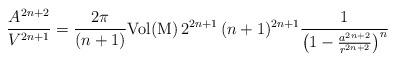
LaTeX: \begin{align*}\frac{A^{2n+2}}{V^{2n+1}}=\frac{2\pi}{(n+1)}{\mathrm{Vol{(M)}}}\,2^{2n+1}\,(n+1)^{2n+1}\frac{1}{\left(1-\frac{a^{2n+2}}{r^{2n+2}}\right)^n}\end{align*}